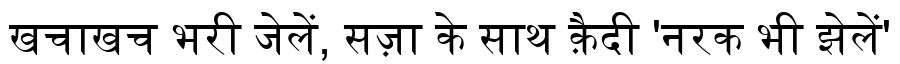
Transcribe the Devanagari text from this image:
खचाखच भरी जेलें, सज़ा के साथ क़ैदी 'नरक भी झेलें'